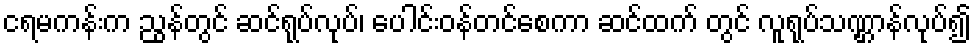
ငရမကန်းက ညွန်တွင် ဆင်ရုပ်လုပ်၊ ပေါင်းဝန်တင်စေကာ ဆင်ထက် တွင် လူရုပ်သဏ္ဌာန်လုပ်၍